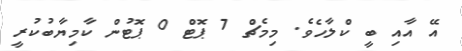
އޭ އާއި ބީ ކްލާހެވެ. މިމެޗް 7 ޕޮޓް 0 ޕޮޓުން ކާމިޔާބުކުރީ